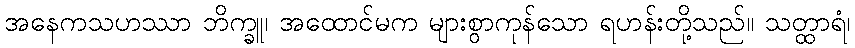
အနေကသဟဿာ ဘိက္ခူ၊ အထောင်မက များစွာကုန်သော ရဟန်းတို့သည်။ သတ္ထာရံ၊